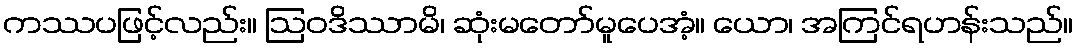
ကဿပဖြင့်လည်း။ ဩဝဒိဿာမိ၊ ဆုံးမတော်မူပေအံ့။ ယော၊ အကြင်ရဟန်းသည်။